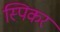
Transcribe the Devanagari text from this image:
स्पिकर